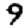
Digit: 9